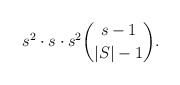
\begin{align*} s^2\cdot s \cdot s^2\binom{s-1}{|S|-1}. \end{align*}